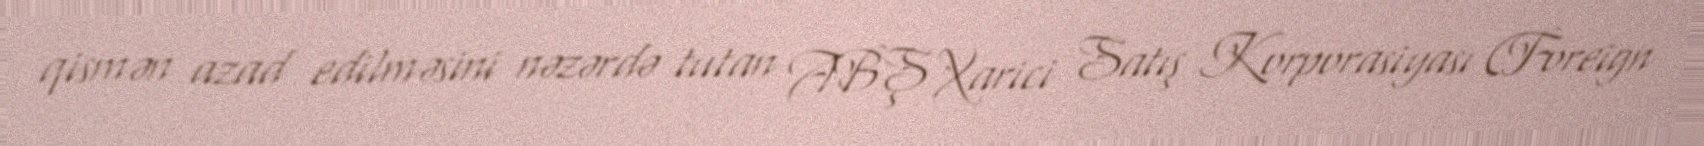
qismən azad edilməsini nəzərdə tutan ABŞ Xarici Satış Korporasiyası (Foreign